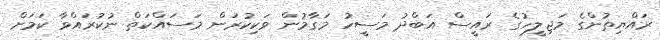
ރައްޔިތުންގެ މަޖިލީހުގެ ރައީސް އަބްދު މަސީހު މަގާމުން ވަކިކުރަން މަސައްކަތް ނުކުރައްވާ ކަމަށް